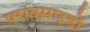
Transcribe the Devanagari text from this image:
पराक्साइडों